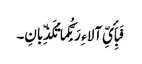
فَبِأَیِّ آلاء ِ رَبِّکُما تُکَذِّبانِ۔